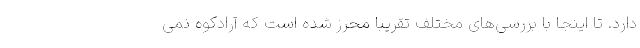
دارد. تا اینجا با بررسی‌های مختلف تقریبا محرز شده است که آرادکوه نمی